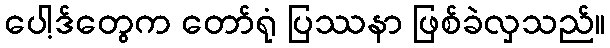
ပေါ့ဒ်တွေက တော်ရုံ ပြဿနာ ဖြစ်ခဲလှသည်။